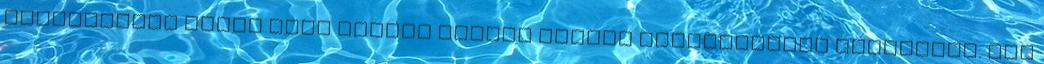
tizenkilenc óráig tart nyitva szinte minden valamirevaló kiállítás. Nem